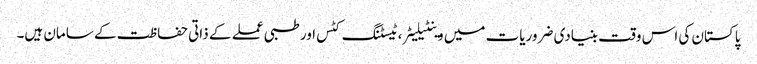
پاکستان کی اس وقت بنیادی ضروریات میں وینٹیلیٹر، ٹیسٹنگ کٹس اور طبی عملے کے ذاتی حفاظت کے سامان ہیں۔